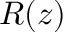
R ( z )